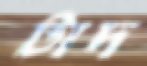
টাদ